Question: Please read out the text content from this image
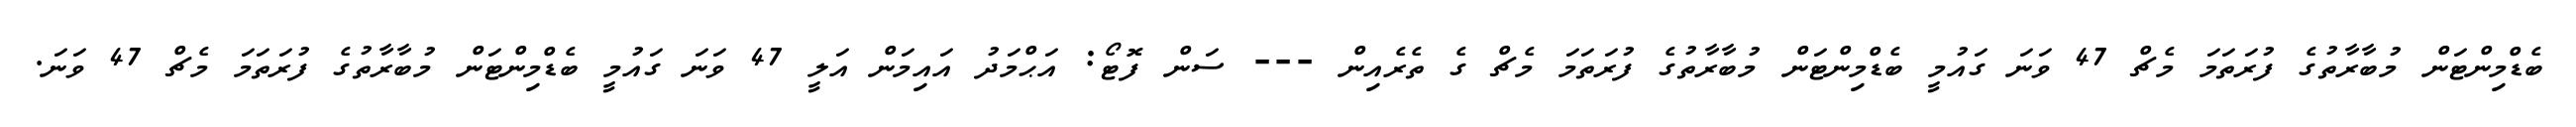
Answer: ބެޑްމިންޓަން މުބާރާތުގެ ފުރަތަމަ މެޗް 47 ވަނަ ގައުމީ ބެޑްމިންޓަން މުބާރާތުގެ ފުރަތަމަ މެޗް ގެ ތެރެއިން --- ސަން ފޮޓޯ: އަޙްމަދު އައިމަން އަލީ 47 ވަނަ ގައުމީ ބެޑްމިންޓަން މުބާރާތުގެ ފުރަތަމަ މެޗް 47 ވަނަ.